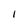
Character: I